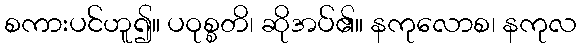
စကားပင်ဟူ၍။ ပဝုစ္စတိ၊ ဆိုအပ်၏။ နကုလောစ၊ နကုလ